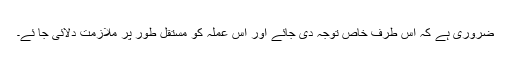
ضروری ہے کہ اس طرف خاص توجہ دی جائے اور اس عملہ کو مستقل طور پر ملازمت دلائی جا ئے۔